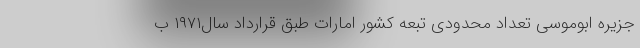
جزیره ابوموسی تعداد محدودی تبعه کشور امارات طبق قرارداد سال۱۹۷۱ ب